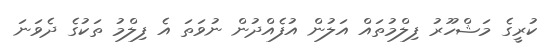
ކުރީގެ މަޝްހޫރު ފިލްމުތައް އަލުން އުފެއްދުން ނުވަތަ އެ ފިލްމު ތަކުގެ ދެވަނަ